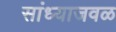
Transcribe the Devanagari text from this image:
सांध्याजवळ